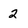
Character: 2